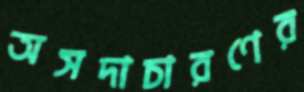
অসদাচারণের